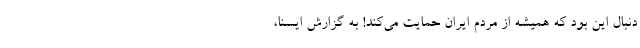
دنبال این بود که همیشه از مردم ایران حمایت می‌کند! به گزارش ایسنا،